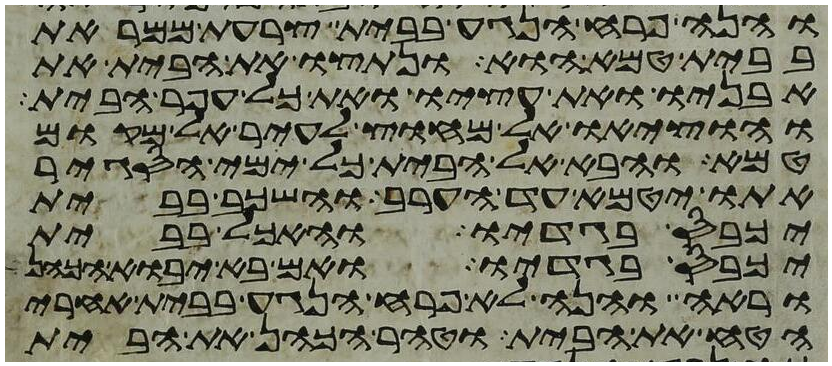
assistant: והנה פרח הנגע בבית צרעת ממראת
בבית טמא הוא ונתצו את הבית את
אבניו ואת עציו ואת כל עפר הבית
והוציאו אל מחוץ לעיר אל מקום
טמא והבא אל הבית כל ימי הסגיר
אתו יטמא עד הערב והשכב בבית
יכבס בגדיו והאכל בבית
יכבס בגדיו ואם בא יבוא הכהן
וראה והנה לא פרח הנגע בבית אחרי
הטח את הבית וטהר הכהן את הבית